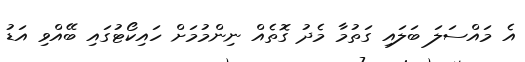
އެ މައްސަލަ ބަލައި ގަތުމާ މެދު ގޮތެއް ނިންމުމަށް ހައިކޯޓުގައި ބޭއްވި އަޑު